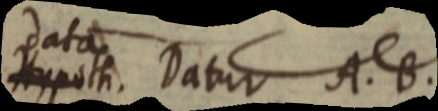
Hypoth. Datur A. B.